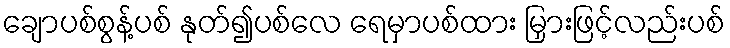
ချောပစ်စွန့်ပစ် နုတ်၍ပစ်လေ ရေမှာပစ်ထား မြှားဖြင့်လည်းပစ်